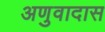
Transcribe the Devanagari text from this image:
अणुवादास